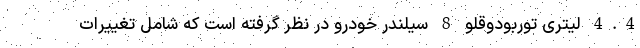
4.4 لیتری توربودوقلو 8 سیلندر خودرو در نظر گرفته است که شامل تغییرات